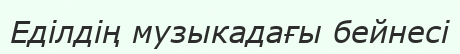
Еділдің музыкадағы бейнесі